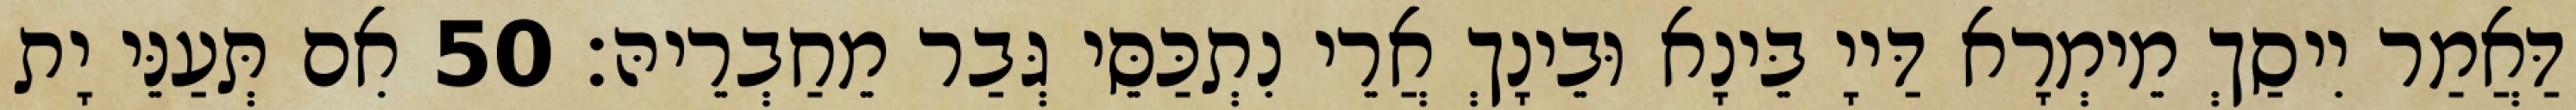
דַּאֲמַר יִיסַךְ מֵימְרָא דַּייָ בֵּינָא וּבֵינָךְ אֲרֵי נִתְכַּסֵּי גְּבַר מֵחַבְרֵיהּ׃ 50 אִם תְּעַנֵּי יָת